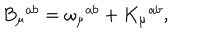
LaTeX: B _ { \mu } ^ { \, \, \, a b } = \omega _ { \mu } ^ { \, \, \, a b } + K _ { \mu } ^ { \, \, \, a b } ,